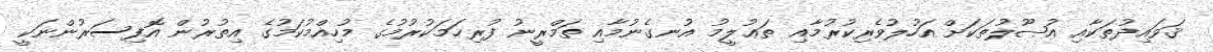
ޤަވައިދުތަކާއި އުޞޫލުތަކަށް އަހުލުވެރިކުރުމާއި ތަޢުލީމު އުނގެނުމާއި ތަމްރީނު ފުރިހަމަކުރުމުގެ މުހިއްމުކަމުގެ އިތުރުން އޮފިސަރުންނަކީ